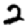
Digit: 2